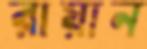
রায়ান